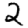
Digit: 2